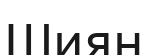
Шиян